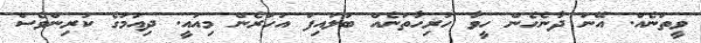
ވީތަނެއް. އޭނަ ދާނެހެން ހީވާ ހުރިހާތަނެއް ބަލައިފަ އަހަރެން މިއައީ. ދިއުމުގެ ކުރިންވެސް